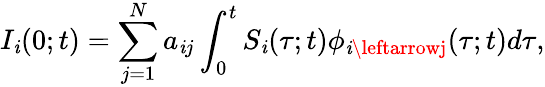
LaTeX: I_{\mathit{i}}(0;t)=\sum_{j=1}^{N}a_{\mathit{i}j}\int_{0}^{t}S_{\mathit{i}}(\tau;t)\phi_{\mathit{i}\leftarrowj}(\tau;t)d\tau,